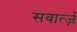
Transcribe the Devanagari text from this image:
सवार्त्ज़